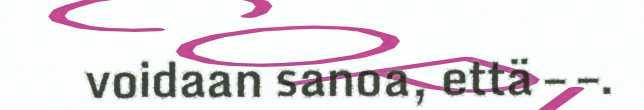
voidaan sanoa, että – –.